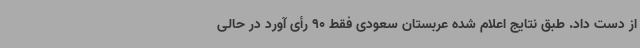
از دست داد. طبق نتایج اعلام شده عربستان سعودی فقط 90 رأی آورد در حالی